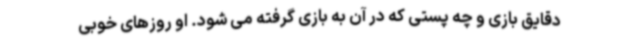
دقایق بازی و چه پستی که در آن به بازی گرفته می شود. او روزهای خوبی